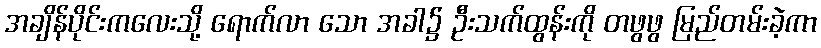
အချိန်ပိုင်းကလေးသို့ ရောက်လာ သော အခါ၌ ဦးသက်ထွန်းကို တဖွဖွ မြည်တမ်းခဲ့ကာ